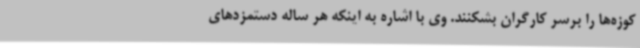
کوزه‌ها را برسر کارگران بشکنند. وی با اشاره به اینکه هر ساله دستمزدهای